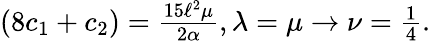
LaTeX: \begin{array}{r}{(8c_{1}+c_{2})=\frac{15\ell^{2}\mu}{2\alpha},\lambda=\mu\to\nu=\frac 14.}\end{array}